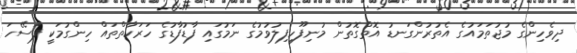
ދިވެހިންގެ މުޖުތަމައުގެ އެތުރުންގަނޑު އޮތްގޮތުން މުނިފޫހިފިލުވުމުގެ ނަމުގައި ފާޑުފާޑުގެ ހަރަކާތްތައް ހިންގުމަކީ ފަސޭހަ